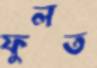
ফুলত